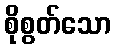
စိုစွတ်သော